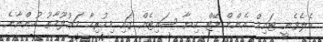
ބެލެވެނީ ޓައިމް އެންޑް ޑޭޓް ކިޔާ ސައިޓެއް ގައި މިހުރިހާ މަޢުލޫމާތު ހުންނާނެ